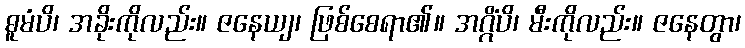
ဓူမံပိ၊ အခိုးကိုလည်း။ ဇနေယျ၊ ဖြစ်စေရာ၏။ အဂ္ဂိံပိ၊ မီးကိုလည်း။ ဇနေတွာ၊